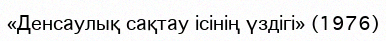
«Денсаулық сақтау ісінің үздігі» (1976)